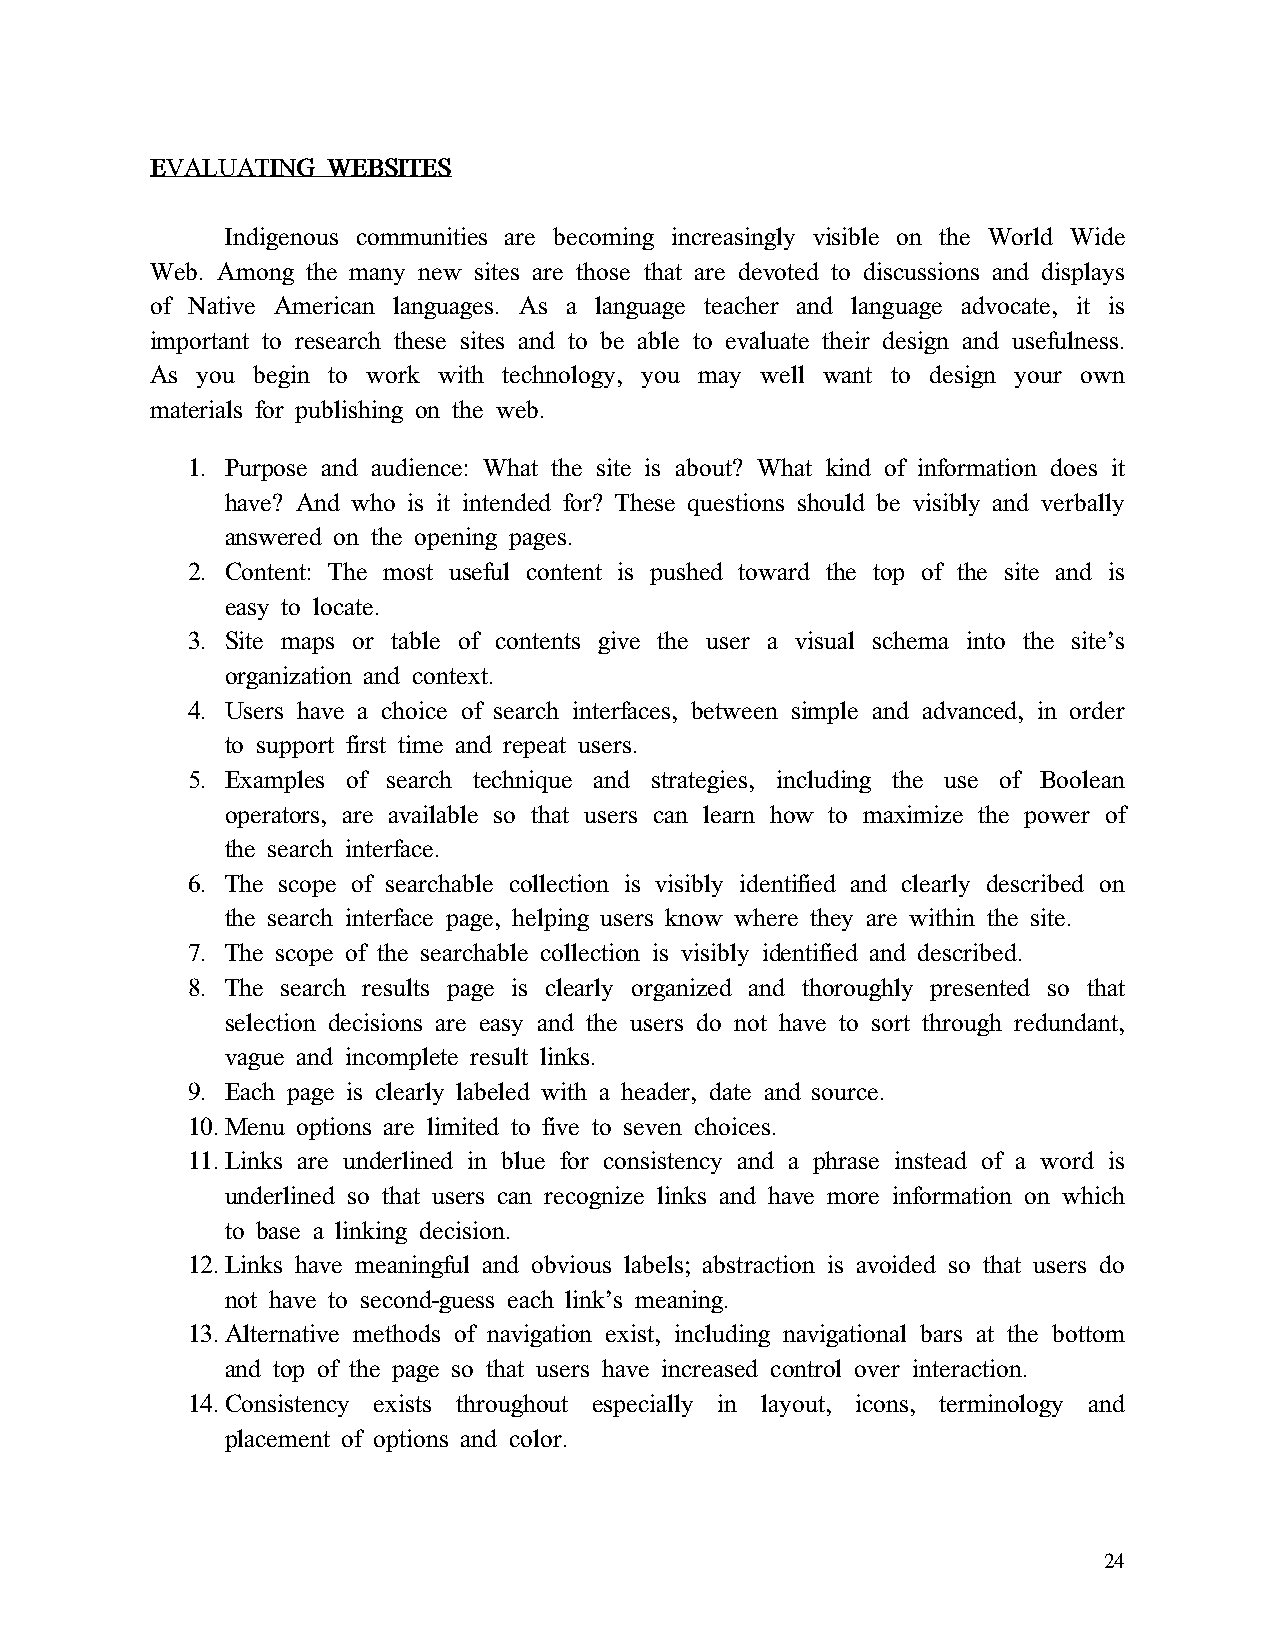
EEEEVVVVAAAALLLLUUUUAAAATTTTIIIINNNNGGGG WWWWEEEEBBBBSSSSIIIITTTTEEEESSSS
 Indigenous communities are becoming increasingly visible on the World Wide
 Web. Among the many new sites are those that are devoted to discussions and displays
 of Native American languages. As a language teacher and language advocate, it is
 important to research these sites and to be able to evaluate their design and usefulness.
 As you begin to work with technology, you may well want to design your own
 materials for publishing on the web.
 1. Purpose and audience: What the site is about? What kind of information does it
 have? And who is it intended for? These questions should be visibly and verbally
 answered on the opening pages.
 2. Content: The most useful content is pushed toward the top of the site and is
 easy to locate.
 3. Site maps or table of contents give the user a visual schema into the site’s
 organization and context.
 4. Users have a choice of search interfaces, between simple and advanced, in order
 to support first time and repeat users.
 5. Examples of search technique and strategies, including the use of Boolean
 operators, are available so that users can learn how to maximize the power of
 the search interface.
 6. The scope of searchable collection is visibly identified and clearly described on
 the search interface page, helping users know where they are within the site.
 7. The scope of the searchable collection is visibly identified and described.
 8. The search results page is clearly organized and thoroughly presented so that
 selection decisions are easy and the users do not have to sort through redundant,
 vague and incomplete result links.
 9. Each page is clearly labeled with a header, date and source.
 10. Menu options are limited to five to seven choices.
 11. Links are underlined in blue for consistency and a phrase instead of a word is
 underlined so that users can recognize links and have more information on which
 to base a linking decision.
 12. Links have meaningful and obvious labels; abstraction is avoided so that users do
 not have to second-guess each link’s meaning.
 13. Alternative methods of navigation exist, including navigational bars at the bottom
 and top of the page so that users have increased control over interaction.
 14. Consistency exists throughout especially in layout, icons, terminology and
 placement of options and color.
 24